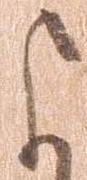
よ